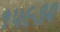
૧૫૯૩૨